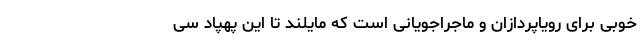
خوبی برای رویاپردازان و ماجراجویانی است که مایلند تا این پهپاد سی